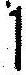
1